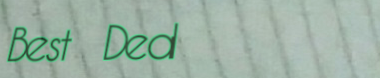
Best Deal